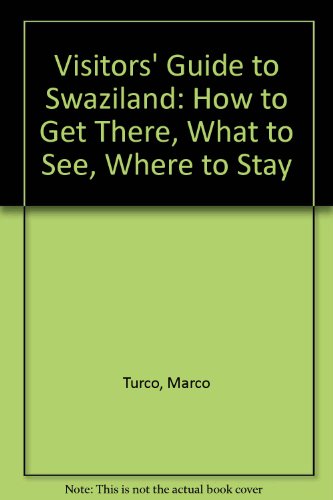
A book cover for Visitors' Guide to Swaziland: How to Get There, What to See, Where to Stay (Visitor's Guides); Marco Turco; Travel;